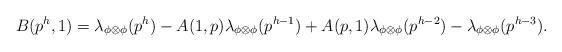
LaTeX: \begin{align*}B(p^{h},1)=\lambda_{\phi\otimes \phi}(p^{h})-A(1,p)\lambda_{\phi\otimes \phi}(p^{h-1})+A(p,1)\lambda_{\phi\otimes \phi}(p^{h-2})-\lambda_{\phi\otimes \phi}(p^{h-3}).\end{align*}